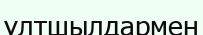
ұлтшылдармен